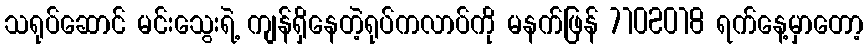
သရုပ်ဆောင် မင်းသွေးရဲ့ ကျန်ရှိနေတဲ့ရုပ်ကလာပ်ကို မနက်ဖြန် 7102018 ရက်နေ့မှာတော့